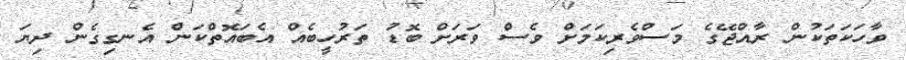
ވާހަކަތަކުން ރާއްޖޭގެ މަސްވެރިކަމަށް ވެސް ވަރަށް ބޮޑު ތަރުހީބެއް އެބައޮތްކަން އެނގިގެން ދިޔަ